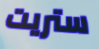
ستريت